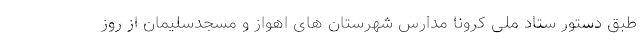
طبق دستور ستاد ملی کرونا مدارس شهرستان های اهواز و مسجدسلیمان از روز